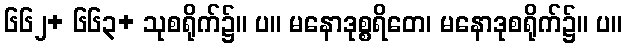
၆၆၂+ ၆၆၃+ သုစရိုက်၌။ ပ။ မနောဒုစ္စရိတေ၊ မနောဒုစရိုက်၌။ ပ။